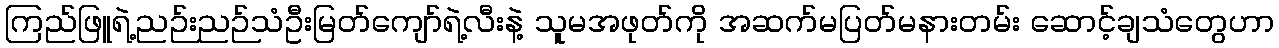
ကြည်ဖြူရဲ့ညဉ်းညဉ်သံဦးမြတ်ကျော်ရဲ့လီးနဲ့ သူမအဖုတ်ကို အဆက်မပြတ်မနားတမ်း ဆောင့်ချသံတွေဟာ